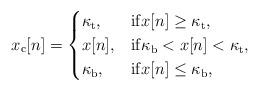
LaTeX: \begin{align*}x_{\rm c}[n]=\begin{cases}\kappa_{\rm t}, & \mathrm{if} x[n]\geq \kappa_{\rm t},\\x[n], & \mathrm{if} \kappa_{\rm b}<x[n]< \kappa_{\rm t},\\\kappa_{\rm b}, & \mathrm{if} x[n]\leq \kappa_{\rm b}, \end{cases}\end{align*}